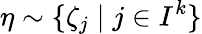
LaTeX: \eta\sim\{ \zeta_{j}\; |\; j\in I^{k}\}